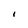
Character: I